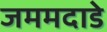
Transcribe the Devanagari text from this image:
जममदाडे